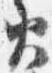
火